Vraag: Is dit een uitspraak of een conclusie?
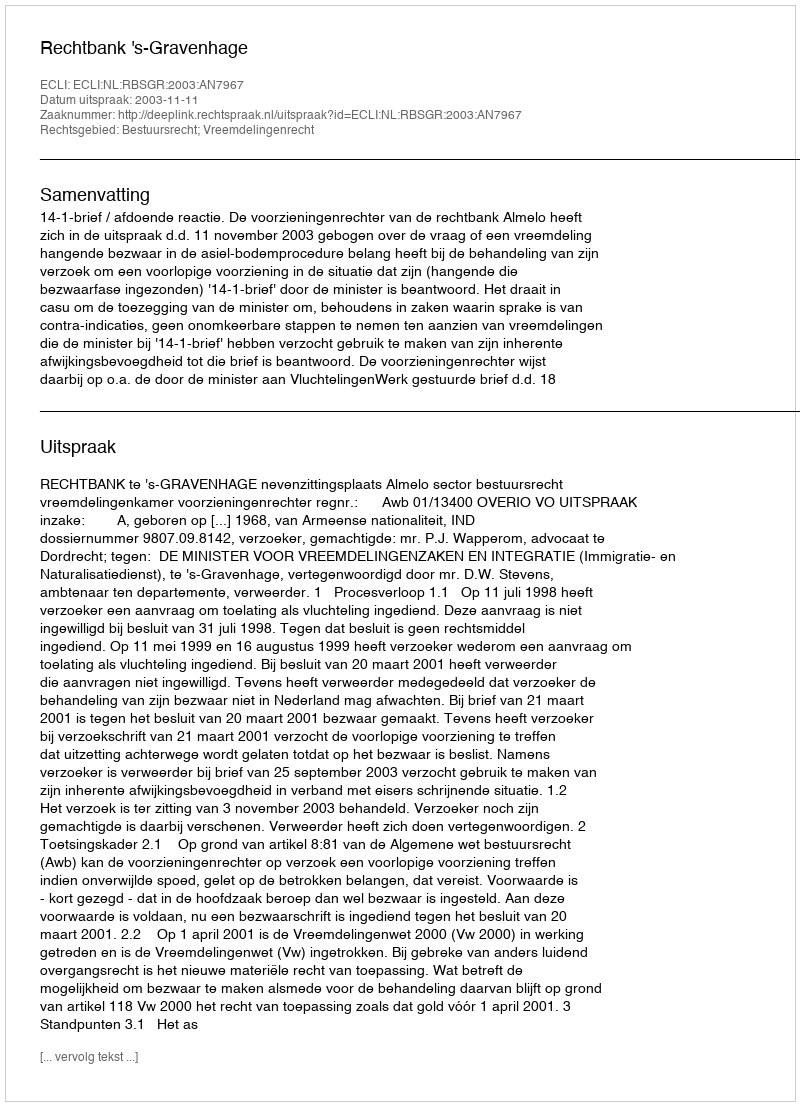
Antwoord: Uitspraak